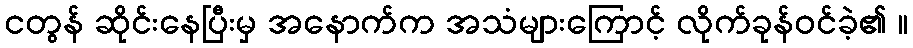
ငတွန် ဆိုင်းနေပြီးမှ အနောက်က အသံများကြောင့် လိုက်ခုန်ဝင်ခဲ့၏ ။